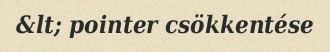
&lt; pointer csökkentése